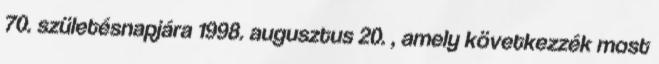
70. születésnap­jára 1998. augusztus 20. , amely kö­vetkezzék most